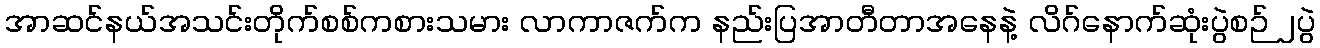
အာဆင်နယ်အသင်းတိုက်စစ်ကစားသမား လာကာဇက်က နည်းပြအာတီတာအနေနဲ့ လိဂ်နောက်ဆုံးပွဲစဉ် ၂ပွဲ